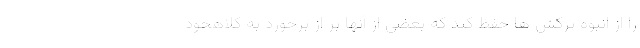
را از انبوه ترکش ها حفظ کند که بعضی از آنها بر از برخورد به کلاهخود